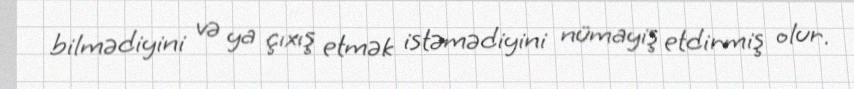
bilmədiyini və ya çıxış etmək istəmədiyini nümayiş etdirmiş olur.